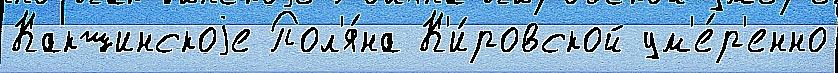
Какшинскоjе Пол'я́на К'и́ровской ум'е́р'енно